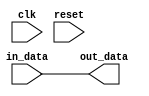
module LVCMOS_Buffer (
    input wire clk,
    input wire reset,
    input wire [DATA_WIDTH-1:0] in_data,
    output wire [DATA_WIDTH-1:0] out_data
);

// Verilog code implementation of LVCMOS buffer

// Define parameters
parameter DATA_WIDTH = 8; // Define data width

// Define input and output signals
wire [DATA_WIDTH-1:0] internal_data;

// Implement LVCMOS buffer logic
// (This is a simplified version for demonstration purposes)

assign internal_data = in_data; // Assign input data to internal data

assign out_data = internal_data; // Assign internal data to output data

endmodule